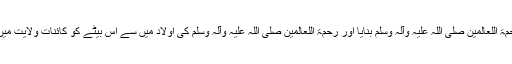
اللہ نے حبیب کو رحمۃ اللعالمین صلی اللہ علیہ وآلہ وسلم بنایا اور رحمۃ اللعالمین صلی اللہ علیہ وآلہ وسلم کی اولاد میں سے اِس بیٹے کو کائنات ولایت میں غوث العالمین بنایا۔